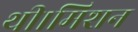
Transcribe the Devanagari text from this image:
थी।मिशन